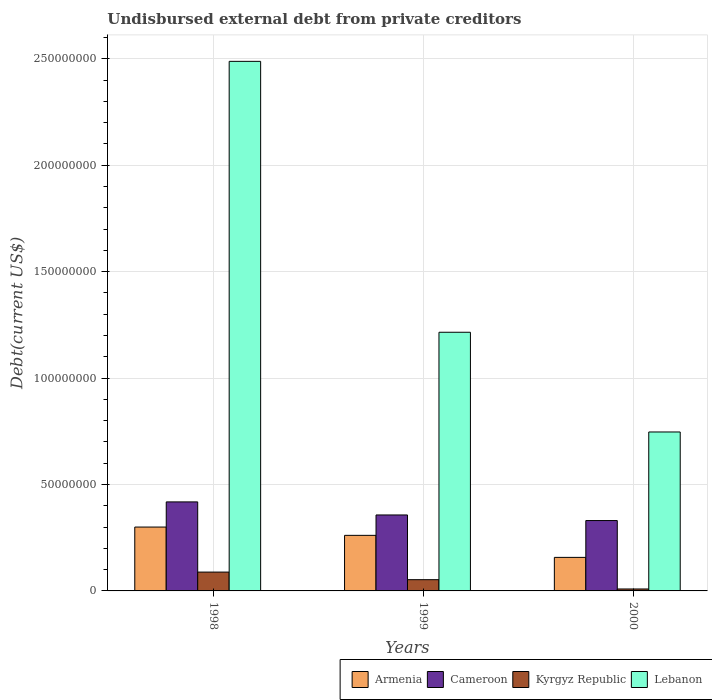
| Years | Armenia | Cameroon | Kyrgyz Republic | Lebanon |
 | --- | --- | --- | --- | --- |
 | 1998 | 3e+07 | 4.18e+07 | 8.85e+06 | 2.49e+08 |
 | 1999 | 2.61e+07 | 3.57e+07 | 5.28e+06 | 1.22e+08 |
 | 2000 | 1.58e+07 | 3.31e+07 | 9.12e+05 | 7.47e+07 |